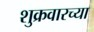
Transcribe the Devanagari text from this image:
शुक्रवारच्या